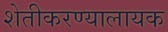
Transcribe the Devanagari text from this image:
शेतीकरण्यालायक